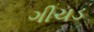
ગીચડ